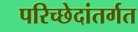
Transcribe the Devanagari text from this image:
परिच्छेदांतर्गत